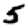
Digit: 5